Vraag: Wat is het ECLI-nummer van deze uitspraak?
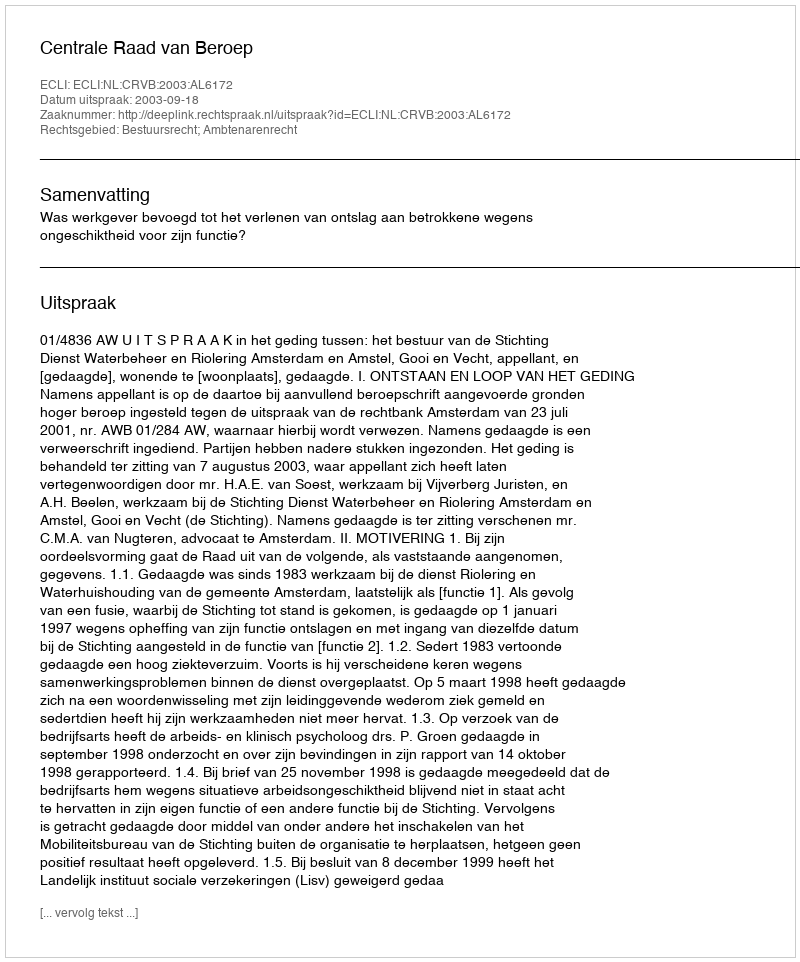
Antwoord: ECLI:NL:CRVB:2003:AL6172